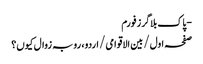
- پاک بلاگرز فورم
صفحہ اول / بین الاقوامی / اردو، رو بہ زوال کیوں؟